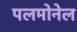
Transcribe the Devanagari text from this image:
पलमोनेल